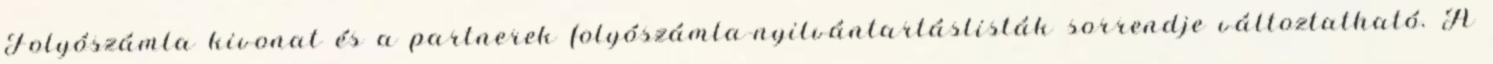
Folyószámla kivonat és a partnerek folyószámla-nyilvántartáslisták sorrendje változtatható. A